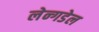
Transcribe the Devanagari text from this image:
लेन्गडेल